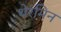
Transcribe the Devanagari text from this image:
थेरमिन